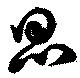
思